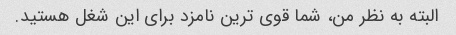
البته به نظر من، شما قوی ترین نامزد برای این شغل هستید.